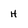
Character: H